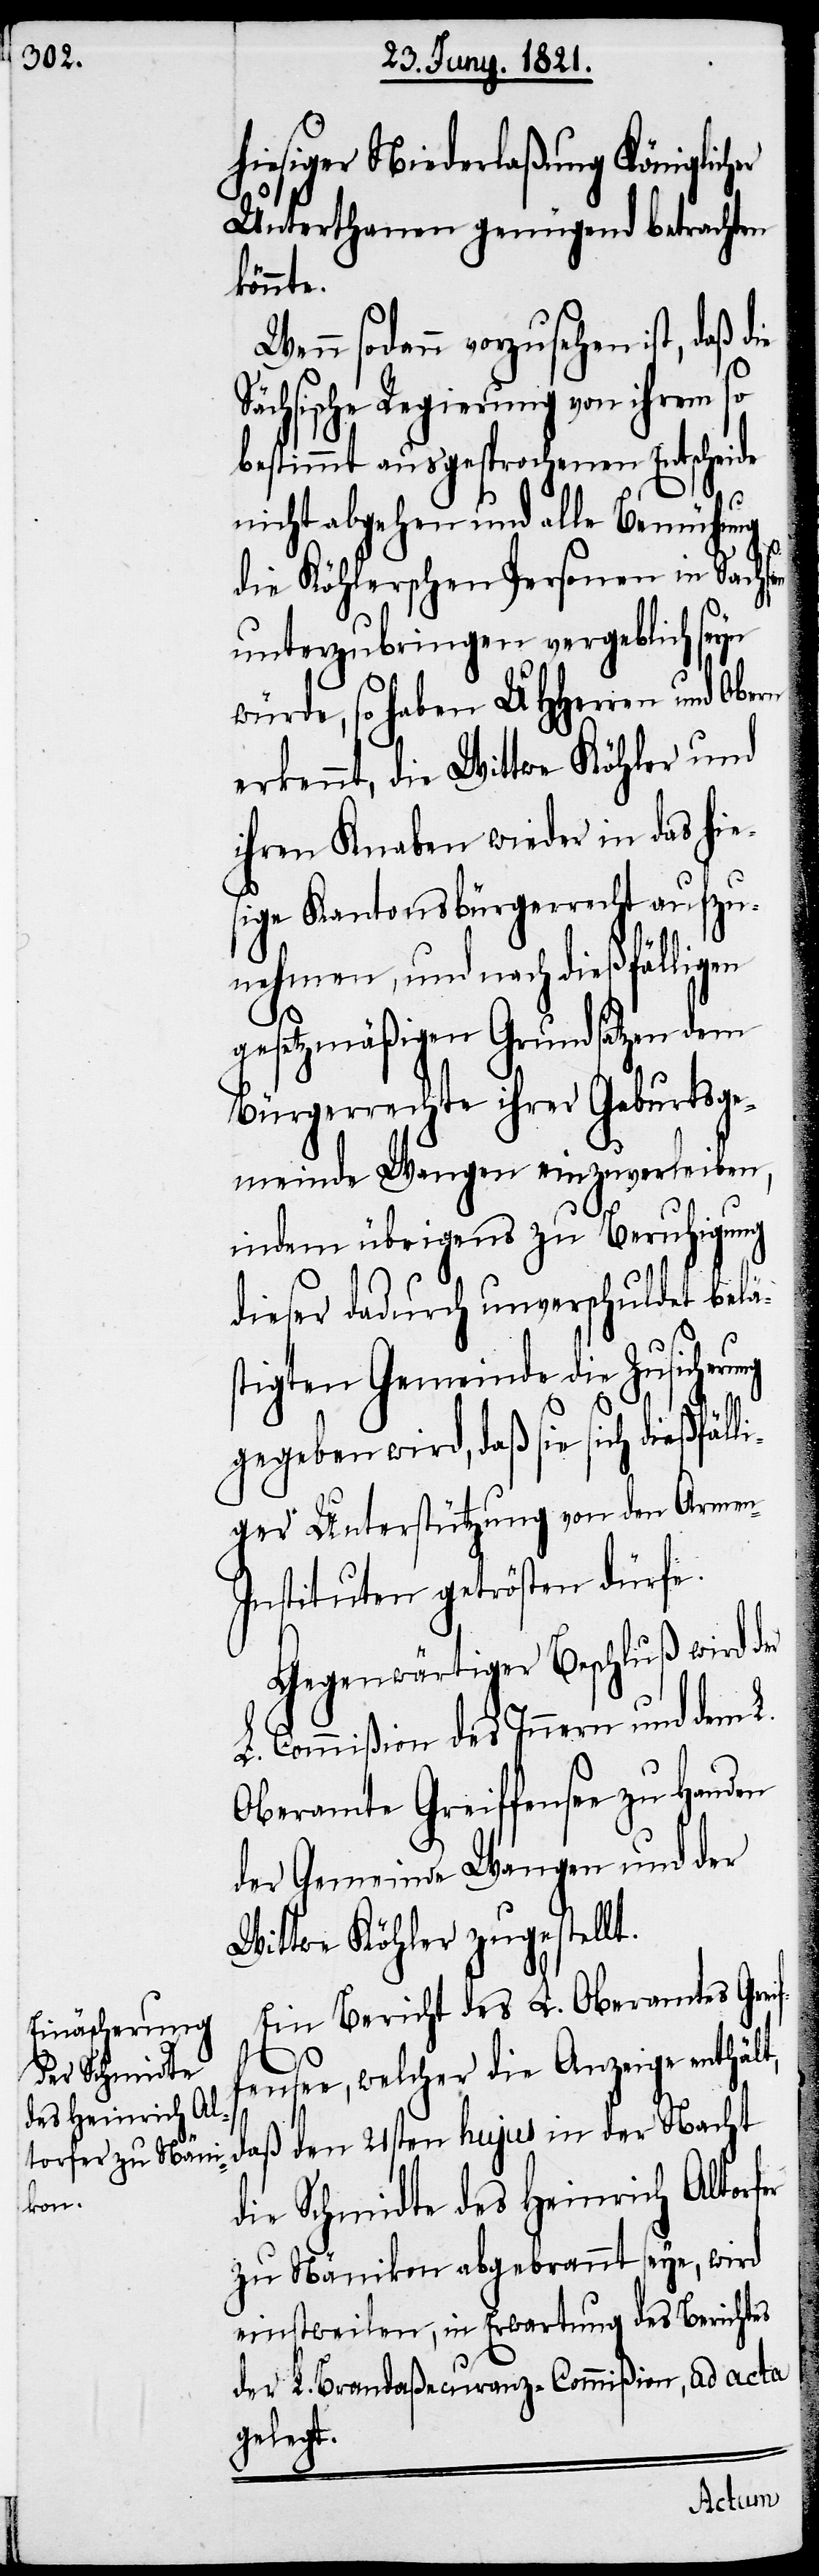
hiesiger Niederlaßung Königlicher
Unterthanen genügend betrachten
könnte.
Wenn sodann vorzusehen ist, daß
ächsische Regierung von ihrem so
bestimmt ausgesprochenen Entscheide
yn
nicht abgehen und alle Bemühung
die Köhlerschen Personen in Sachs¬
unterzubringen vergeblich se¬
würde, so haben UHHerren und Obern
erkennt, die Wittwe Köhler und
ihren Knaben wieder in das hie¬
sige Kantonsbürgerrecht aufzu¬
nehmen, und nach dießfälligen
gesetzmäßigen Grundsätzen dem
Bürgerrechte ihrer Geburtsge¬
meinde Wangen einzuverleiben,
indem übrigens zu Beruhigung
dieser dadurch unver¬
fer
stigten Gemeinde die
ßfälli¬
gegeben wird, daß sie
ger Unterstützung von den Armen-I¬
nstituten getrösten dürfe.
Gegenwärtiger Beschluß wird der
L. Commißion des Innern und dem
Handen
Oberamte Greiffen¬
der Gemeinde Wangen und der
Wittwe Köhler zugestellt.
Ein Bericht des L. Oberamtes Gre¬
ensee, welcher die Anzeige enthält,
daß den 21sten hujus in der Nacht
die Schmidte des Heinrich Altor¬
zu Nänikon abgebrannt seye, wird
einstweilen, in Erwartung des Berichtes
der L. Brandaßecuranz-Commißion, ad acta
gelegt.